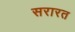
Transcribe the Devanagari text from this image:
सरारत